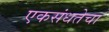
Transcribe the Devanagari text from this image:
एकसंधतेचा